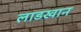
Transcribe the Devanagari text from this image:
लाडखान